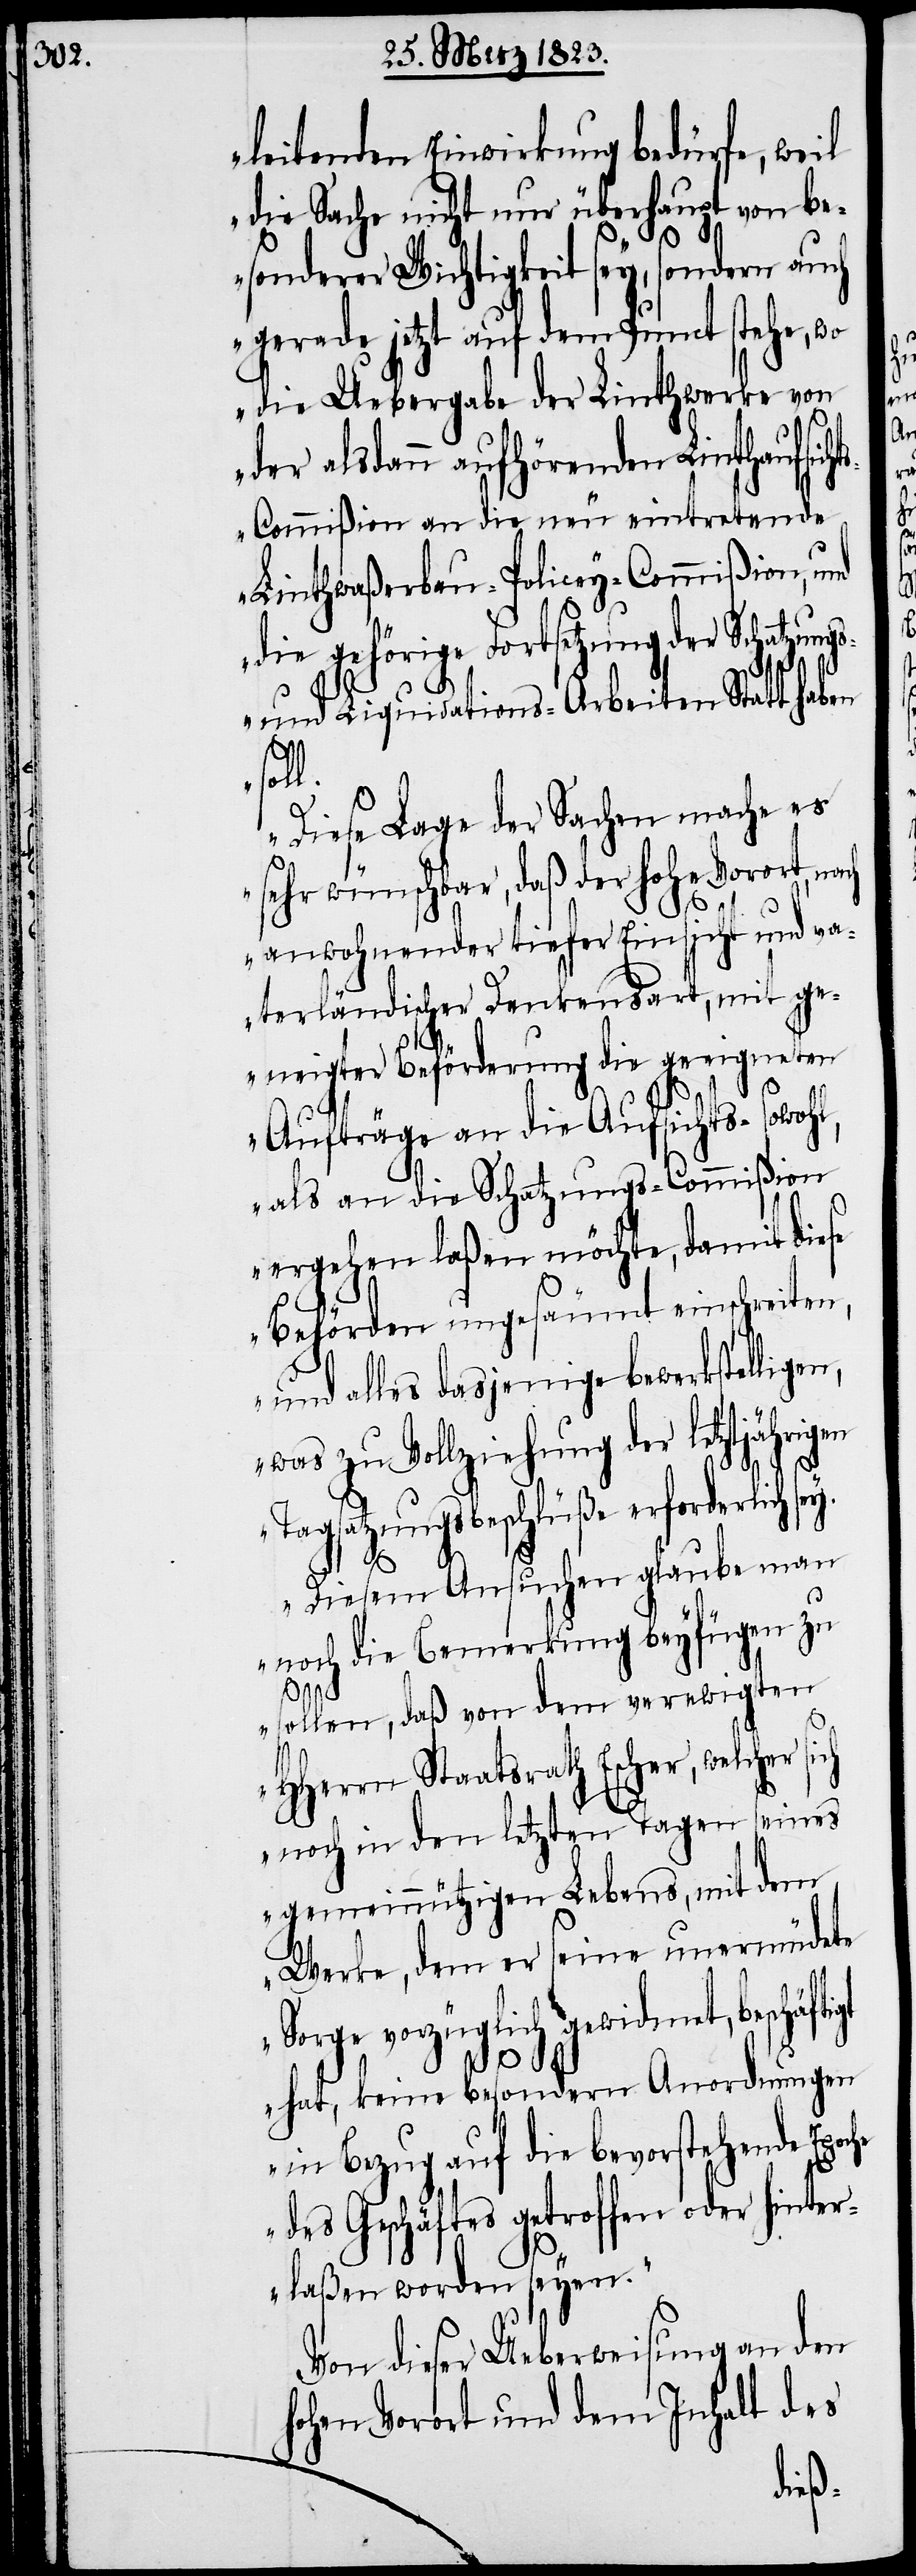
leitenden Einwirkung bedürfe, weil
die Sache nicht nur überhaupt von be¬
sonderer Wichtigkeit sey, sondern
gerade jetzt auf dem Punct stehe, wo
die Uebergabe der Linthwerke von
der alsdann aufhörenden Linthaufsic¬
s-Commißion an die neu eintretende
Linthwaßerbau-Policey-Commißion, und
die gehörige Fortsetzung der Schatzung¬
s- und Liquidations-Arbeiten Statt haben
Diese Lage der Sachen mache es
sehr wünschbar, daß der hohe Vorort, na¬
anwohnender tiefer Einsicht und va¬
terländischer Denkensart, mit ge¬
neigter Beförderung die geeigneten
Aufträge an die Aufsichts- sowohl,
als an die Schatzungs-Commißion
ergehen laßen möchte, damit diese
Behörden ungesäumt einschreiten,
und alles dasjenige bewerkstelligen,
was zu Vollziehung der letztjährigen
igt
Tagsatzungsbeschlüße erforderlich
Diesem Ansuchen glaube man
noch die Bemerkung beyfügen zu
ht¬
sollen, daß von dem verewigten
HHerrn Staatsrath Escher, welcher
noch in den letzten Tagen seines
gemeinnützigen Lebens, mit dem
Werke, dem er seine unermüdete
Sorge vorzüglich gewidmet, beschäft¬
hat, keine besondern Anordnungen
in Bezug auf die bevorstehende Epoche
des Geschäftes getroffen oder hinter¬
laßen worden seyen.“
Von dieser Ueberweisung an den
hohen Vorort und dem Inhalt des